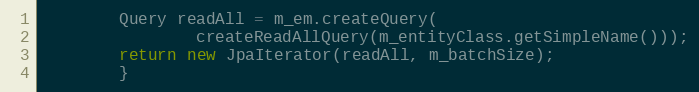
Language: Java
        Query readAll = m_em.createQuery(
                createReadAllQuery(m_entityClass.getSimpleName()));
        return new JpaIterator(readAll, m_batchSize);
        }